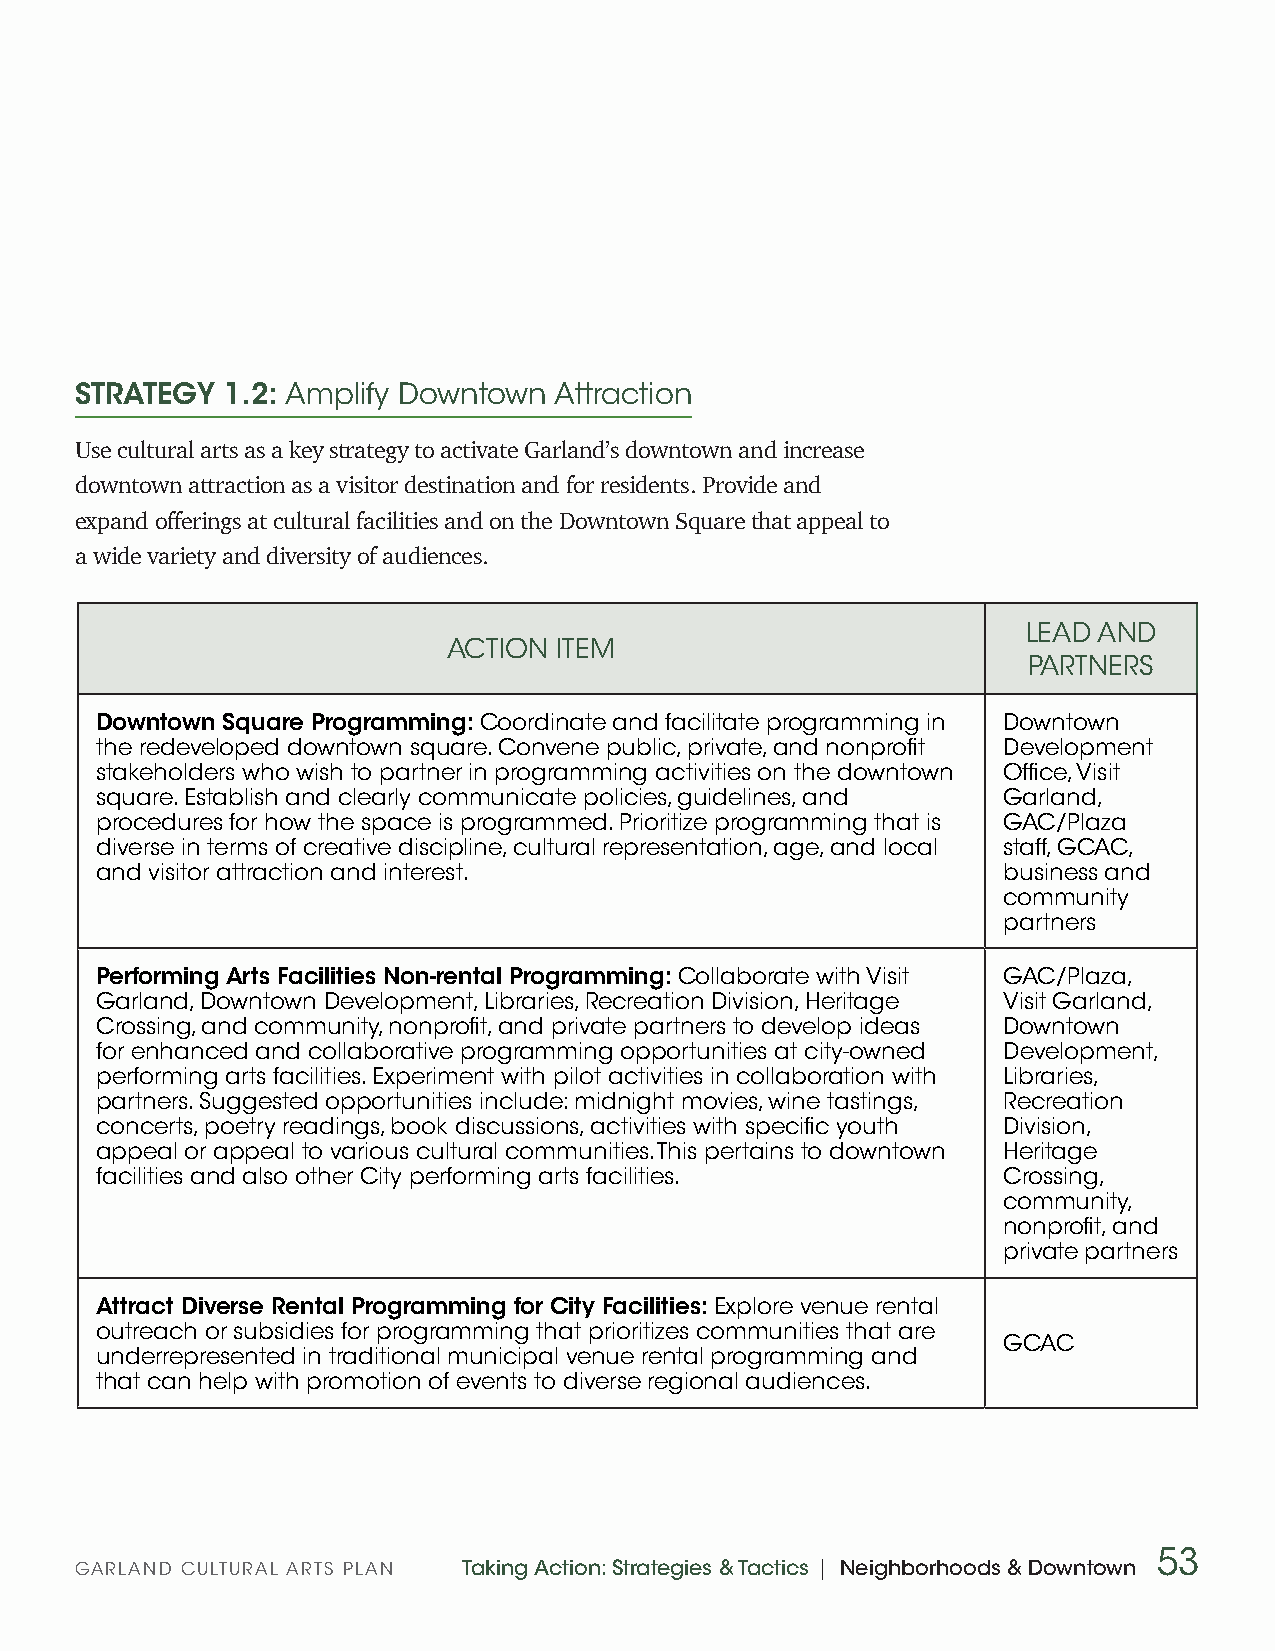
STRATEGY  1.2: Amplify Downtown Attraction
 Use cultural arts as a key strategy to activate Garland’s downtown and increase
 downtown attraction as a visitor destination and for residents. Provide and
 expand offerings at cultural facilities and on the Downtown Square that appeal to
 a wide variety and diversity of audiences.
 LEAD AND
 ACTION ITEM
 PARTNERS
 Downtown Square Programming: Coordinate and facilitate programming in Downtown
 the redeveloped downtown square. Convene public, private, and nonprofit Development
 stakeholders who wish to partner in programming activities on the downtown Office, Visit
 square. Establish and clearly communicate policies, guidelines, and Garland,
 procedures for how the space is programmed. Prioritize programming that is GAC/Plaza
 diverse in terms of creative discipline, cultural representation, age, and local staff, GCAC,
 and visitor attraction and interest.                        business and
 community
 partners
 Performing Arts Facilities Non-rental Programming: Collaborate with Visit GAC/Plaza,
 Garland, Downtown Development, Libraries, Recreation Division, Heritage Visit Garland,
 Crossing, and community, nonprofit, and private partners to develop ideas Downtown
 for enhanced and collaborative programming opportunities at city-owned Development,
 performing arts facilities. Experiment with pilot activities in collaboration with Libraries,
 partners. Suggested opportunities include: midnight movies, wine tastings, Recreation
 concerts, poetry readings, book discussions, activities with specific youth Division,
 appeal or appeal to various cultural communities. This pertains to downtown Heritage
 facilities and also other City performing arts facilities.  Crossing,
 community,
 nonprofit, and
 private partners
 Attract Diverse Rental Programming for City Facilities: Explore venue rental
 outreach or subsidies for programming that prioritizes communities that are
 GCAC
 underrepresented in traditional municipal venue rental programming and
 that can help with promotion of events to diverse regional audiences.
 53
 GARLAND CULTURAL ARTS PLAN Taking Action: Strategies & Tactics | Neighborhoods & Downtown